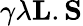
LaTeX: \gamma\lambda\mathbf{L}.\mathbf{S}